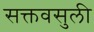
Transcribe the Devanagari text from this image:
सक्तवसुली